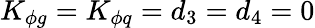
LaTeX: K_{\phi g}=K_{\phi q}=d_{3}=d_{4}=0